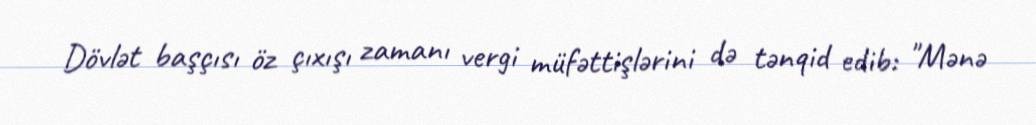
Dövlət başçısı öz çıxışı zamanı vergi müfəttişlərini də tənqid edib: "Mənə